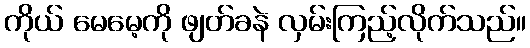
ကိုယ် မေမေ့ကို ဖျတ်ခနဲ လှမ်းကြည့်လိုက်သည်။